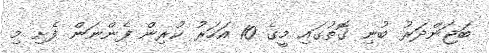
ބަޖަންދަރު ބުނި ގޮތުގައި މީގެ 10 އަހަރު ކުރިން ފެންނަން ފެށި މި